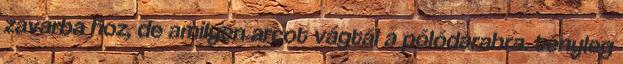
zavarba hoz, de amilyen arcot vágtál a pólódarabra. tényleg